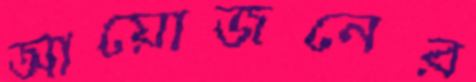
আয়োজনের